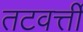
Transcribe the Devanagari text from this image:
तटवर्त्ती